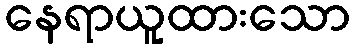
နေရာယူထားသော